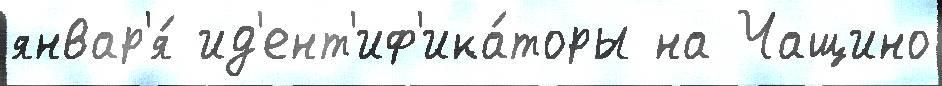
январ'я́ ид'ент'иф'ика́торы на Чащино